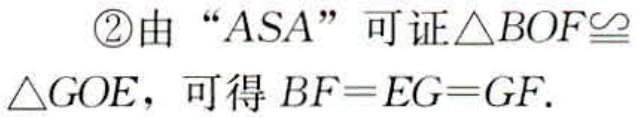
\textcircled{2}由 “ASA” 可证$\triangle BOF\cong\triangle GOE$，可得$BF = EG = GF$.